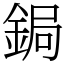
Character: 鋦